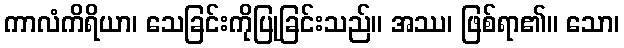
ကာလံကိရိယာ၊ သေခြင်းကိုပြုခြင်းသည်။ အဿ၊ ဖြစ်ရာ၏။ သော၊